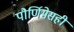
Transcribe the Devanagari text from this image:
पौर्णिमेसही